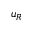
u _ { R }